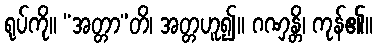
ရုပ်ကို။ “အတ္တာ”တိ၊ အတ္တဟူ၍။ ဂဏှန္တိ၊ ကုန်၏။